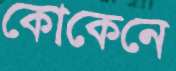
কোকেনে